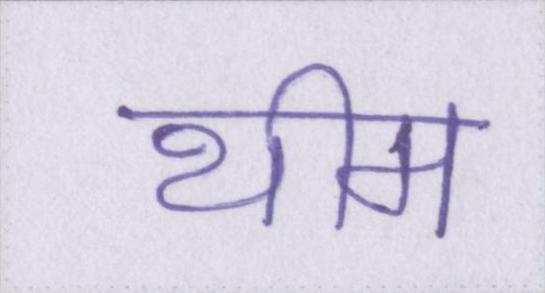
थीम